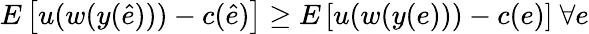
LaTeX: E\left[u(w(y({\hat{e}})))-c({\hat{e}})\right]\geq E\left[u(w(y(e)))-c(e)\right]\ \forall e